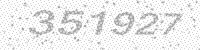
Solution: 351927